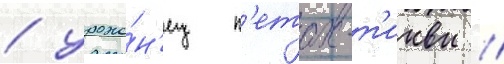
/ уроже́н'ец п'етах-т'иквы /